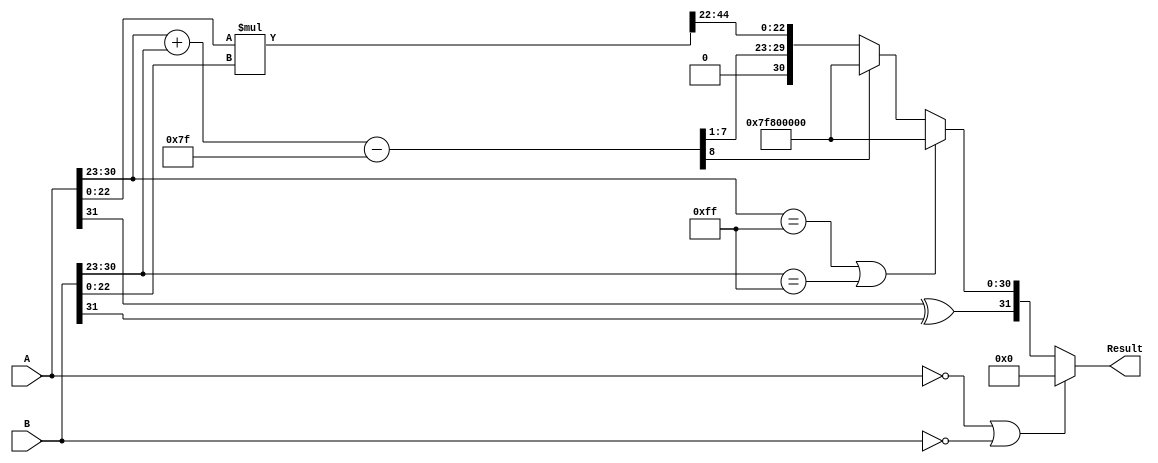
module floating_point_multiplier (
    input  wire [31:0] A, // First floating-point number
    input  wire [31:0] B, // Second floating-point number
    output reg  [31:0] Result // Resulting floating-point number
);

    // Constants
    localparam BIAS = 127;
    localparam EXPONENT_BITS = 8;
    localparam MANTISSA_BITS = 23;

    // Intermediate signals
    wire signA = A[31];
    wire signB = B[31];
    wire [EXPONENT_BITS-1:0] expA = A[30:23];
    wire [EXPONENT_BITS-1:0] expB = B[30:23];
    wire [MANTISSA_BITS-1:0] mantA = {1'b1, A[22:0]}; // Implicit leading 1 for normalized numbers
    wire [MANTISSA_BITS-1:0] mantB = {1'b1, B[22:0]}; // Implicit leading 1 for normalized numbers

    // Sign calculation
    wire result_sign = signA ^ signB;

    // Exponent calculation
    wire [EXPONENT_BITS:0] exp_sum = {1'b0, expA} + {1'b0, expB} - BIAS; // Add exponents and subtract bias
    wire [EXPONENT_BITS-1:0] result_exp = exp_sum[EXPONENT_BITS-1:1]; // Take the upper bits as exponent
    wire overflow = exp_sum[EXPONENT_BITS]; // Check for overflow

    // Mantissa calculation
    wire [MANTISSA_BITS*2:0] mant_product = mantA * mantB; // Multiply mantissas
    wire [MANTISSA_BITS*2:0] mant_normalized;
    wire mant_shifted;

    // Normalization
    assign mant_normalized = mant_product[MANTISSA_BITS*2] ? mant_product[MANTISSA_BITS*2-1:MANTISSA_BITS] : mant_product[MANTISSA_BITS*2-1:MANTISSA_BITS-1];
    assign mant_shifted = mant_product[MANTISSA_BITS*2] ? 1'b1 : 1'b0;

    // Adjust exponent if mantissa was shifted
    wire [EXPONENT_BITS-1:0] adjusted_exp = mant_shifted ? result_exp + 1 : result_exp;

    // Handle special cases (zero, infinity, NaN)
    always @(*) begin
        if (A == 32'b0 || B == 32'b0) begin
            Result = 32'b0; // Result is zero if either input is zero
        end else if (expA == 8'b11111111 || expB == 8'b11111111) begin
            Result = {result_sign, 8'b11111111, 23'b0}; // Result is infinity if either input is infinity
        end else if (overflow) begin
            Result = {result_sign, 8'b11111111, 23'b0}; // Result is infinity on overflow
        end else begin
            Result = {result_sign, adjusted_exp, mant_normalized[MANTISSA_BITS-1:0]}; // Assemble result
        end
    end

endmodule